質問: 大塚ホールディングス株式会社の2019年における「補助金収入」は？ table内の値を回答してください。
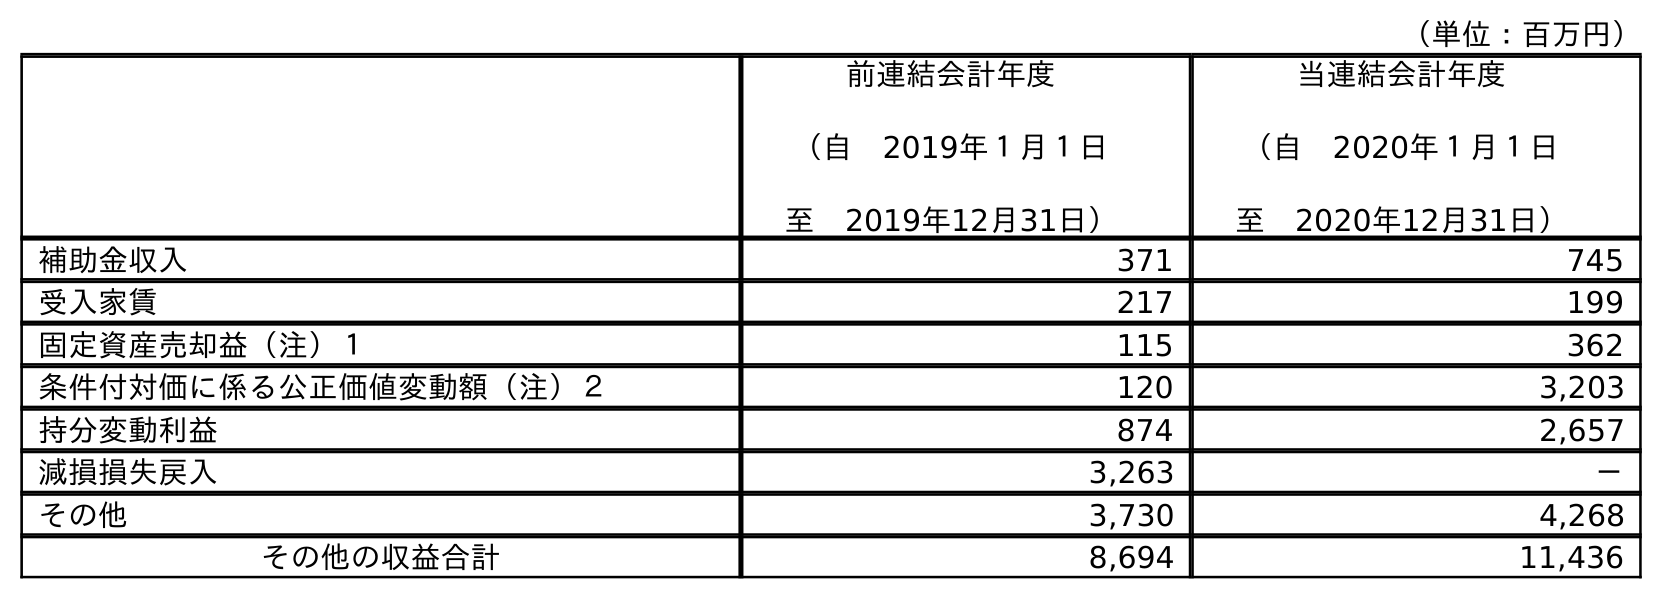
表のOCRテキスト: （単位：百万円） 前連結会計年度 （自 2019年１月１日 至 2019年12月31日） 当連結会計年度 （自 2020年１月１日 至 2020年12月31日） 補助金収入 371 745 受入家賃 217 199 固定資産売却益（注）１ 115 362 条件付対価に係る公正価値変動額（注）２ 120 3,203 持分変動利益 874 2,657 減損損失戻入 3,263 － その他 3,730 4,268 その他の収益合計 8,694 11,436
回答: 371